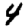
Digit: 4